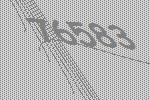
76583